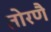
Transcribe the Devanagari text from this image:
तोरणै